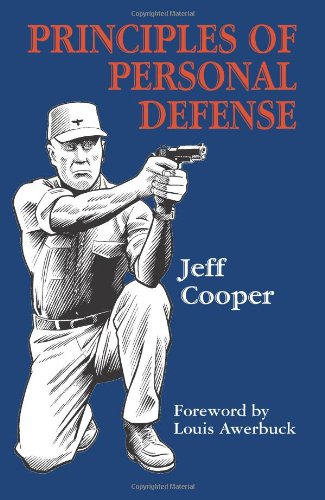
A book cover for Principles of Personal Defense; Jeff Cooper; Crafts, Hobbies & Home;